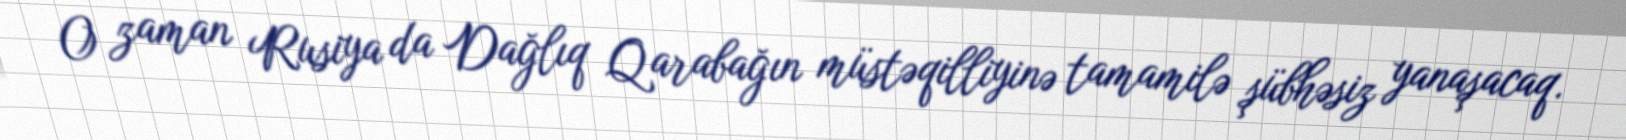
O zaman Rusiya da Dağlıq Qarabağın müstəqilliyinə tamamilə şübhəsiz yanaşacaq.